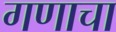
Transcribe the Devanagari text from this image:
गणाचा